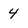
Character: 4